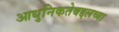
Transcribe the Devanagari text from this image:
आधुनिकतेबद्दलच्या